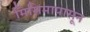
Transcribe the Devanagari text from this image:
मिसिमापासून